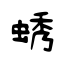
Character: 蜏